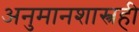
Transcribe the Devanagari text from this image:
अनुमानशास्त्रही